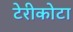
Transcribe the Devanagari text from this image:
टेरीकोटा